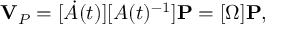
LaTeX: \mathbf { V } _ { P } = [ { \dot { A } } ( t ) ] [ A ( t ) ^ { - 1 } ] \mathbf { P } = [ \Omega ] \mathbf { P } ,